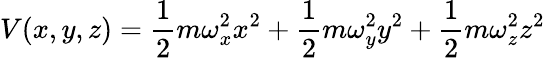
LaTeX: V(x,y,z)={\frac{1}{2}}m\omega_{x}^{2}x^{2}+{\frac{1}{2}}m\omega_{y}^{2}y^{2}+{\frac{1}{2}}m\omega_{z}^{2}z^{2}